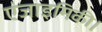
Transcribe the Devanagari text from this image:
एंजाइमिकी।